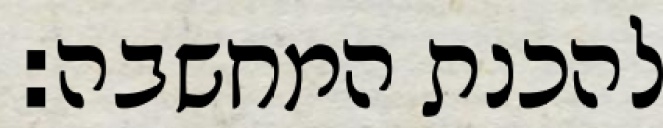
להכנת המחשבה: